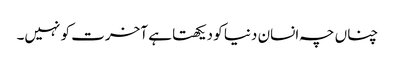
چناں چہ انسان دنیا کو دیکھتا ہے آخرت کو نہیں۔